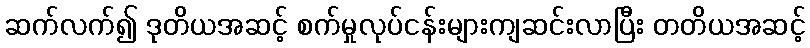
ဆက်လက်၍ ဒုတိယအဆင့် စက်မှုလုပ်ငန်းများကျဆင်းလာပြီး တတိယအဆင့်